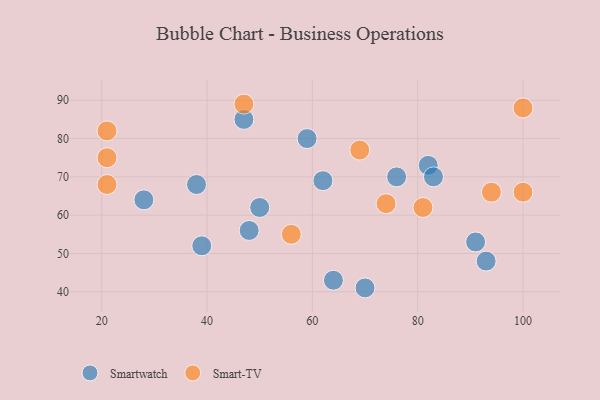
{"axis": {"x": "GDP", "y": "Life Expectancy"}, "legend": ["Smart-TV", "Smartwatch"], "data": [{"x": "39", "y": 52, "type": "Smartwatch"}, {"x": "50", "y": 62, "type": "Smartwatch"}, {"x": "82", "y": 73, "type": "Smartwatch"}, {"x": "28", "y": 64, "type": "Smartwatch"}, {"x": "62", "y": 69, "type": "Smartwatch"}, {"x": "83", "y": 70, "type": "Smartwatch"}, {"x": "91", "y": 53, "type": "Smartwatch"}, {"x": "93", "y": 48, "type": "Smartwatch"}, {"x": "47", "y": 85, "type": "Smartwatch"}, {"x": "38", "y": 68, "type": "Smartwatch"}, {"x": "59", "y": 80, "type": "Smartwatch"}, {"x": "70", "y": 41, "type": "Smartwatch"}, {"x": "64", "y": 43, "type": "Smartwatch"}, {"x": "76", "y": 70, "type": "Smartwatch"}, {"x": "48", "y": 56, "type": "Smartwatch"}, {"x": "56", "y": 55, "type": "Smart-TV"}, {"x": "47", "y": 89, "type": "Smart-TV"}, {"x": "100", "y": 88, "type": "Smart-TV"}, {"x": "21", "y": 82, "type": "Smart-TV"}, {"x": "81", "y": 62, "type": "Smart-TV"}, {"x": "21", "y": 68, "type": "Smart-TV"}, {"x": "94", "y": 66, "type": "Smart-TV"}, {"x": "69", "y": 77, "type": "Smart-TV"}, {"x": "21", "y": 75, "type": "Smart-TV"}, {"x": "74", "y": 63, "type": "Smart-TV"}, {"x": "100", "y": 66, "type": "Smart-TV"}]}